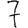
Digit: 7